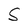
Character: S